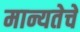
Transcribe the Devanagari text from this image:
मान्यतेचे